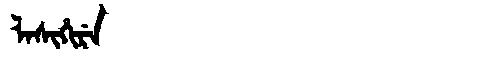
Manchu: ᠯᠠᠰᡳᡥᡳᡵᡝ
Romanization: LASIHIRE